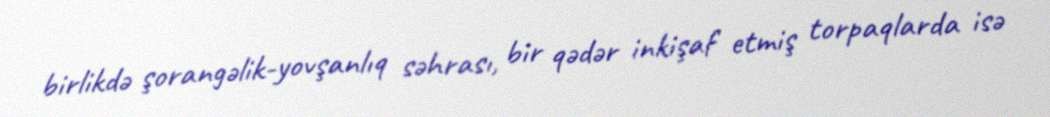
birlikdə şorangəlik-yovşanlıq səhrası, bir qədər inkişaf etmiş torpaqlarda isə